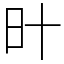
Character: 旪